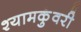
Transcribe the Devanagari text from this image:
श्यामकुंवरी